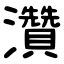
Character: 灒